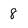
Character: 8